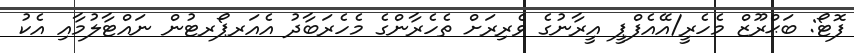
ފޮޓޯ: ބަޙްރޫޒް މެހެރީ/އޭއެފްޕީ އީރާނުގެ ވެރިރަށް ތެހެރާންގެ މެހެރަބާދު އެއަރޕޯރޓުން ނައްޓާލުމާއި އެކު